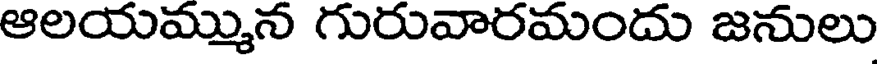
ఆలయమ్మున గురువారమందు జనులు